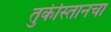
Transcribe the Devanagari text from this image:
तुर्कीस्तानचा